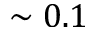
\sim 0 . 1